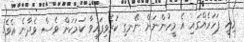
މިއީ ފަހަރެއްގައި އެ މީހުންނަށް ނޭނގި ކުރެވިފައިވާ ކަމަކަށް ވެސް ވެދާނެ އެވެ.